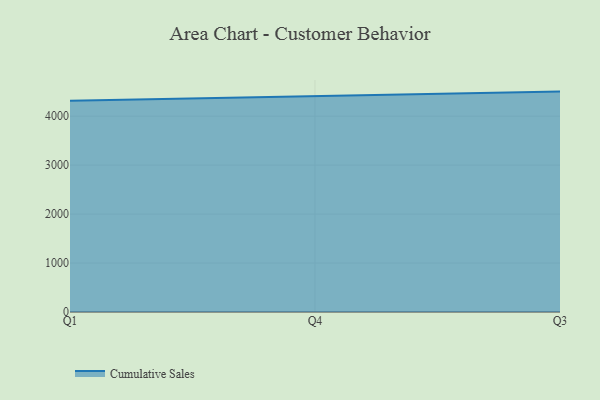
{"axis": {"x": "Quarter", "y": "Churn Rate (%)"}, "legend": ["Cumulative Sales"], "data": [{"x": "Q1", "y": 4315.6, "type": "Cumulative Sales"}, {"x": "Q4", "y": 4404.7, "type": "Cumulative Sales"}, {"x": "Q3", "y": 4501.9, "type": "Cumulative Sales"}]}